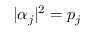
| \alpha _ { j } | ^ { 2 } = p _ { j }